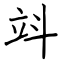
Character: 䇆